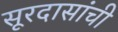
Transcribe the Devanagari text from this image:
सूरदासांची